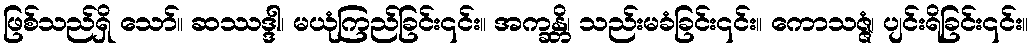
ဖြစ်သည်ရှိ သော်။ ဆဿဒ္ဒါ၊ မယုံကြည်ခြင်း၎င်း။ အက္ခန္တိ၊ သည်းမခံခြင်း၎င်း။ ကောသဇ္ဇံ၊ ပျင်းရိခြင်း၎င်း။